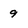
Character: 9